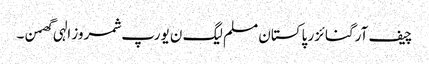
چیف آرگنائزر پاکستان مسلم لیگ ن یورپ شمروز الہی گھمن ۔